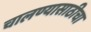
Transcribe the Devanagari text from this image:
चालण्यासाठीचा